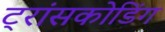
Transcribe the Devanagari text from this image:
ट्रांसकोडिंग